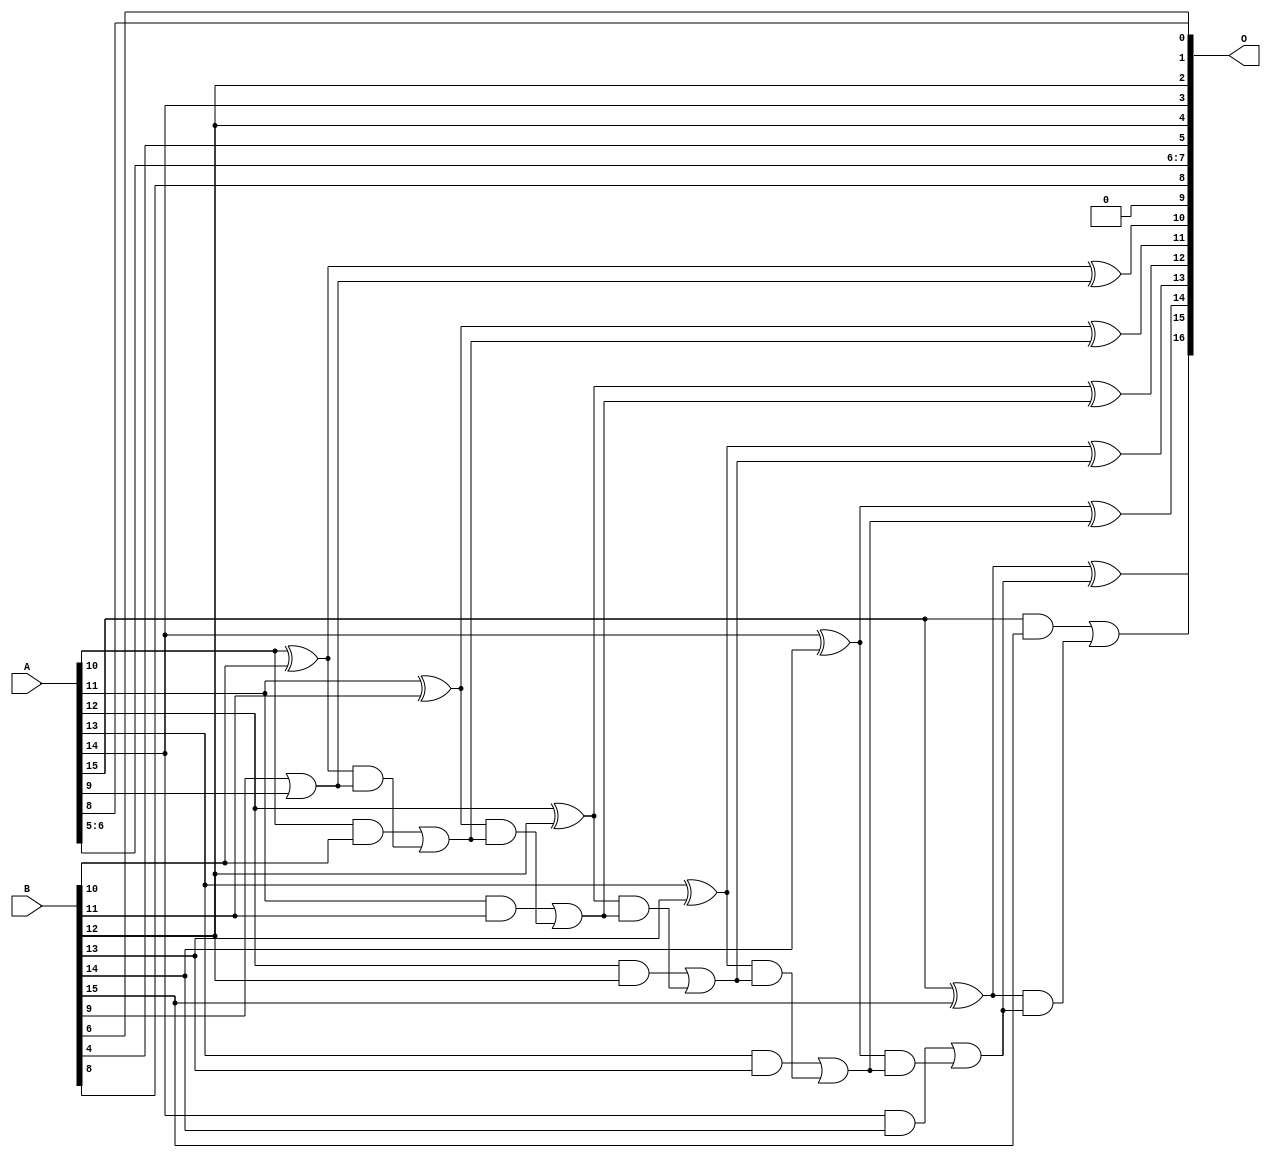
/***
* This code is a part of EvoApproxLib library (ehw.fit.vutbr.cz/approxlib) distributed under The MIT License.
* When used, please cite the following article(s): PRABAKARAN B. S., MRAZEK V., VASICEK Z., SEKANINA L., SHAFIQUE M. ApproxFPGAs: Embracing ASIC-based Approximate Arithmetic Components for FPGA-Based Systems. DAC 2020. 
***/
// MAE% = 0.20 %
// MAE = 261 
// WCE% = 0.50 %
// WCE = 652 
// WCRE% = 100.00 %
// EP% = 99.90 %
// MRE% = 0.55 %
// MSE = 92768 
// FPGA_POWER = 0.35
// FPGA_DELAY = 7.6
// FPGA_LUT = 7.0


module add16u_02U(A, B, O);
  input [15:0] A, B;
  output [16:0] O;
  wire sig_78, sig_79, sig_80, sig_81, sig_83, sig_84;
  wire sig_85, sig_86, sig_88, sig_89, sig_90, sig_91;
  wire sig_93, sig_94, sig_95, sig_96, sig_98, sig_99;
  wire sig_100, sig_101, sig_103, sig_104, sig_105, sig_106;
  assign O[5] = B[4];
  assign O[9] = 1'b0;
  assign O[8] = B[8];
  assign O[1] = B[6];
  assign sig_78 = B[9] | A[9];
  assign sig_79 = A[10] ^ B[10];
  assign sig_80 = A[10] & B[10];
  assign sig_81 = sig_79 & sig_78;
  assign O[10] = sig_79 ^ sig_78;
  assign sig_83 = sig_80 | sig_81;
  assign sig_84 = A[11] ^ B[11];
  assign sig_85 = A[11] & B[11];
  assign sig_86 = sig_84 & sig_83;
  assign O[11] = sig_84 ^ sig_83;
  assign sig_88 = sig_85 | sig_86;
  assign sig_89 = A[12] ^ B[12];
  assign sig_90 = A[12] & B[12];
  assign sig_91 = sig_89 & sig_88;
  assign O[12] = sig_89 ^ sig_88;
  assign sig_93 = sig_90 | sig_91;
  assign sig_94 = A[13] ^ B[13];
  assign sig_95 = A[13] & B[13];
  assign sig_96 = sig_94 & sig_93;
  assign O[13] = sig_94 ^ sig_93;
  assign sig_98 = sig_95 | sig_96;
  assign sig_99 = A[14] ^ B[14];
  assign sig_100 = A[14] & B[14];
  assign sig_101 = sig_99 & sig_98;
  assign O[14] = sig_99 ^ sig_98;
  assign sig_103 = sig_100 | sig_101;
  assign sig_104 = A[15] ^ B[15];
  assign sig_105 = A[15] & B[15];
  assign sig_106 = sig_104 & sig_103;
  assign O[15] = sig_104 ^ sig_103;
  assign O[16] = sig_105 | sig_106;
  assign O[0] = A[8];
  assign O[2] = B[12];
  assign O[3] = A[14];
  assign O[4] = B[12];
  assign O[6] = A[5];
  assign O[7] = A[6];
endmodule